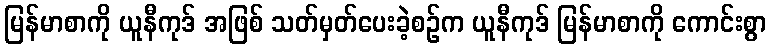
မြန်မာစာကို ယူနီကုဒ် အဖြစ် သတ်မှတ်ပေးခဲ့စဉ်က ယူနီကုဒ် မြန်မာစာကို ကောင်းစွာ